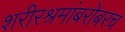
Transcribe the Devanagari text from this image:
शरीरश्रमांबरोबरच